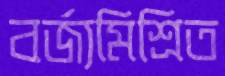
বর্জ্যমিশ্রিত